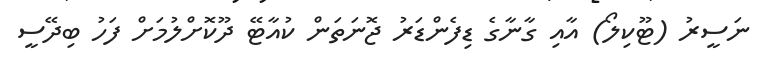
ނަސީރު (ޓޫކިލޯ) އާއި ގާނާގެ ޑިފެންޑަރު ޖޮނަތަން ކުއާޓޭ ދޫކޮށްލުމަށް ފަހު ބިދޭސީ